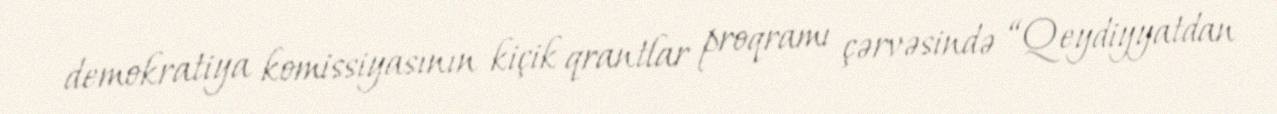
demokratiya komissiyasının kiçik qrantlar proqramı çərvəsində “Qeydiyyatdan